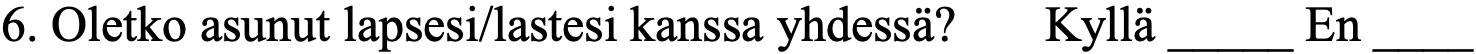
6. Oletko asunut lapsesi/lastesi kanssa yhdessä? Kyllä _____ En ____